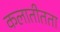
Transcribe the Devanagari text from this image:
कलातीतता